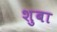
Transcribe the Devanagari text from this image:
शुबा